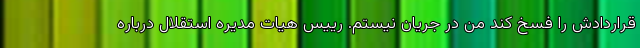
قراردادش را فسخ کند من در جریان نیستم. رییس هیات مدیره استقلال درباره